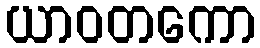
ယာဝတကော